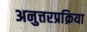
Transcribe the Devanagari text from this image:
अनुत्तरप्रक्रिया